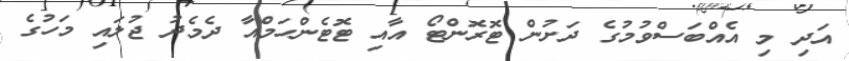
އަދި މި އެއްބަސްވުމުގެ ދަށުން ޓޮރޮންޓޯ އާއި ޓޮޓެންހަމްއާ ދެމެދު ޖުލައި މަހުގެ